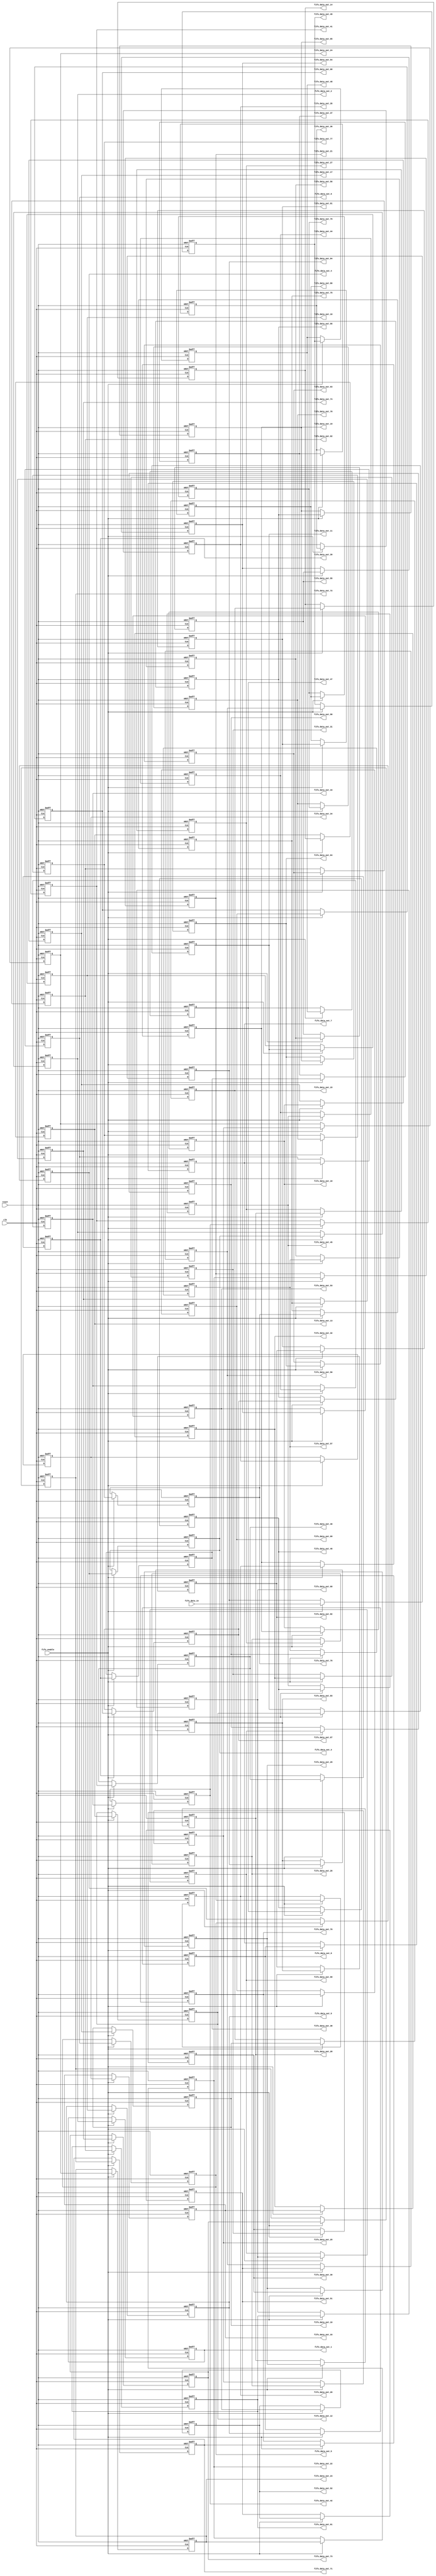
`timescale 1ns / 1ps


module 
 fo_fifo_84 #(parameter
	DATA_WIDTH = 32,
	REGS_NUM = 84
	)(
	input clk,
	input reset,
	output [DATA_WIDTH-1:0] fifo_data_out_1,
	output [DATA_WIDTH-1:0] fifo_data_out_2,
	output [DATA_WIDTH-1:0] fifo_data_out_3,
	output [DATA_WIDTH-1:0] fifo_data_out_4,
	output [DATA_WIDTH-1:0] fifo_data_out_5,
	output [DATA_WIDTH-1:0] fifo_data_out_6,
	output [DATA_WIDTH-1:0] fifo_data_out_7,
	output [DATA_WIDTH-1:0] fifo_data_out_8,
	output [DATA_WIDTH-1:0] fifo_data_out_9,
	output [DATA_WIDTH-1:0] fifo_data_out_10,
	output [DATA_WIDTH-1:0] fifo_data_out_11,
	output [DATA_WIDTH-1:0] fifo_data_out_12,
	output [DATA_WIDTH-1:0] fifo_data_out_13,
	output [DATA_WIDTH-1:0] fifo_data_out_14,
	output [DATA_WIDTH-1:0] fifo_data_out_15,
	output [DATA_WIDTH-1:0] fifo_data_out_16,
	output [DATA_WIDTH-1:0] fifo_data_out_17,
	output [DATA_WIDTH-1:0] fifo_data_out_18,
	output [DATA_WIDTH-1:0] fifo_data_out_19,
	output [DATA_WIDTH-1:0] fifo_data_out_20,
	output [DATA_WIDTH-1:0] fifo_data_out_21,
	output [DATA_WIDTH-1:0] fifo_data_out_22,
	output [DATA_WIDTH-1:0] fifo_data_out_23,
	output [DATA_WIDTH-1:0] fifo_data_out_24,
	output [DATA_WIDTH-1:0] fifo_data_out_25,
	output [DATA_WIDTH-1:0] fifo_data_out_26,
	output [DATA_WIDTH-1:0] fifo_data_out_27,
	output [DATA_WIDTH-1:0] fifo_data_out_28,
	output [DATA_WIDTH-1:0] fifo_data_out_29,
	output [DATA_WIDTH-1:0] fifo_data_out_30,
	output [DATA_WIDTH-1:0] fifo_data_out_31,
	output [DATA_WIDTH-1:0] fifo_data_out_32,
	output [DATA_WIDTH-1:0] fifo_data_out_33,
	output [DATA_WIDTH-1:0] fifo_data_out_34,
	output [DATA_WIDTH-1:0] fifo_data_out_35,
	output [DATA_WIDTH-1:0] fifo_data_out_36,
	output [DATA_WIDTH-1:0] fifo_data_out_37,
	output [DATA_WIDTH-1:0] fifo_data_out_38,
	output [DATA_WIDTH-1:0] fifo_data_out_39,
	output [DATA_WIDTH-1:0] fifo_data_out_40,
	output [DATA_WIDTH-1:0] fifo_data_out_41,
	output [DATA_WIDTH-1:0] fifo_data_out_42,
	output [DATA_WIDTH-1:0] fifo_data_out_43,
	output [DATA_WIDTH-1:0] fifo_data_out_44,
	output [DATA_WIDTH-1:0] fifo_data_out_45,
	output [DATA_WIDTH-1:0] fifo_data_out_46,
	output [DATA_WIDTH-1:0] fifo_data_out_47,
	output [DATA_WIDTH-1:0] fifo_data_out_48,
	output [DATA_WIDTH-1:0] fifo_data_out_49,
	output [DATA_WIDTH-1:0] fifo_data_out_50,
	output [DATA_WIDTH-1:0] fifo_data_out_51,
	output [DATA_WIDTH-1:0] fifo_data_out_52,
	output [DATA_WIDTH-1:0] fifo_data_out_53,
	output [DATA_WIDTH-1:0] fifo_data_out_54,
	output [DATA_WIDTH-1:0] fifo_data_out_55,
	output [DATA_WIDTH-1:0] fifo_data_out_56,
	output [DATA_WIDTH-1:0] fifo_data_out_57,
	output [DATA_WIDTH-1:0] fifo_data_out_58,
	output [DATA_WIDTH-1:0] fifo_data_out_59,
	output [DATA_WIDTH-1:0] fifo_data_out_60,
	output [DATA_WIDTH-1:0] fifo_data_out_61,
	output [DATA_WIDTH-1:0] fifo_data_out_62,
	output [DATA_WIDTH-1:0] fifo_data_out_63,
	output [DATA_WIDTH-1:0] fifo_data_out_64,
	output [DATA_WIDTH-1:0] fifo_data_out_65,
	output [DATA_WIDTH-1:0] fifo_data_out_66,
	output [DATA_WIDTH-1:0] fifo_data_out_67,
	output [DATA_WIDTH-1:0] fifo_data_out_68,
	output [DATA_WIDTH-1:0] fifo_data_out_69,
	output [DATA_WIDTH-1:0] fifo_data_out_70,
	output [DATA_WIDTH-1:0] fifo_data_out_71,
	output [DATA_WIDTH-1:0] fifo_data_out_72,
	output [DATA_WIDTH-1:0] fifo_data_out_73,
	output [DATA_WIDTH-1:0] fifo_data_out_74,
	output [DATA_WIDTH-1:0] fifo_data_out_75,
	output [DATA_WIDTH-1:0] fifo_data_out_76,
	output [DATA_WIDTH-1:0] fifo_data_out_77,
	output [DATA_WIDTH-1:0] fifo_data_out_78,
	output [DATA_WIDTH-1:0] fifo_data_out_79,
	output [DATA_WIDTH-1:0] fifo_data_out_80,
	output [DATA_WIDTH-1:0] fifo_data_out_81,
	output [DATA_WIDTH-1:0] fifo_data_out_82,
	output [DATA_WIDTH-1:0] fifo_data_out_83,
	output [DATA_WIDTH-1:0] fifo_data_out_84,
	input [DATA_WIDTH-1:0] fifo_data_in,
	input fifo_enable
	);

	reg	[DATA_WIDTH-1:0] FIFO  [REGS_NUM-1:0] ;
	always @ (posedge clk or posedge reset)
    begin
		if(reset)
		begin

			FIFO[0] <= {DATA_WIDTH{1'b0}};
			FIFO[1] <= {DATA_WIDTH{1'b0}};
			FIFO[2] <= {DATA_WIDTH{1'b0}};
			FIFO[3] <= {DATA_WIDTH{1'b0}};
			FIFO[4] <= {DATA_WIDTH{1'b0}};
			FIFO[5] <= {DATA_WIDTH{1'b0}};
			FIFO[6] <= {DATA_WIDTH{1'b0}};
			FIFO[7] <= {DATA_WIDTH{1'b0}};
			FIFO[8] <= {DATA_WIDTH{1'b0}};
			FIFO[9] <= {DATA_WIDTH{1'b0}};
			FIFO[10] <= {DATA_WIDTH{1'b0}};
			FIFO[11] <= {DATA_WIDTH{1'b0}};
			FIFO[12] <= {DATA_WIDTH{1'b0}};
			FIFO[13] <= {DATA_WIDTH{1'b0}};
			FIFO[14] <= {DATA_WIDTH{1'b0}};
			FIFO[15] <= {DATA_WIDTH{1'b0}};
			FIFO[16] <= {DATA_WIDTH{1'b0}};
			FIFO[17] <= {DATA_WIDTH{1'b0}};
			FIFO[18] <= {DATA_WIDTH{1'b0}};
			FIFO[19] <= {DATA_WIDTH{1'b0}};
			FIFO[20] <= {DATA_WIDTH{1'b0}};
			FIFO[21] <= {DATA_WIDTH{1'b0}};
			FIFO[22] <= {DATA_WIDTH{1'b0}};
			FIFO[23] <= {DATA_WIDTH{1'b0}};
			FIFO[24] <= {DATA_WIDTH{1'b0}};
			FIFO[25] <= {DATA_WIDTH{1'b0}};
			FIFO[26] <= {DATA_WIDTH{1'b0}};
			FIFO[27] <= {DATA_WIDTH{1'b0}};
			FIFO[28] <= {DATA_WIDTH{1'b0}};
			FIFO[29] <= {DATA_WIDTH{1'b0}};
			FIFO[30] <= {DATA_WIDTH{1'b0}};
			FIFO[31] <= {DATA_WIDTH{1'b0}};
			FIFO[32] <= {DATA_WIDTH{1'b0}};
			FIFO[33] <= {DATA_WIDTH{1'b0}};
			FIFO[34] <= {DATA_WIDTH{1'b0}};
			FIFO[35] <= {DATA_WIDTH{1'b0}};
			FIFO[36] <= {DATA_WIDTH{1'b0}};
			FIFO[37] <= {DATA_WIDTH{1'b0}};
			FIFO[38] <= {DATA_WIDTH{1'b0}};
			FIFO[39] <= {DATA_WIDTH{1'b0}};
			FIFO[40] <= {DATA_WIDTH{1'b0}};
			FIFO[41] <= {DATA_WIDTH{1'b0}};
			FIFO[42] <= {DATA_WIDTH{1'b0}};
			FIFO[43] <= {DATA_WIDTH{1'b0}};
			FIFO[44] <= {DATA_WIDTH{1'b0}};
			FIFO[45] <= {DATA_WIDTH{1'b0}};
			FIFO[46] <= {DATA_WIDTH{1'b0}};
			FIFO[47] <= {DATA_WIDTH{1'b0}};
			FIFO[48] <= {DATA_WIDTH{1'b0}};
			FIFO[49] <= {DATA_WIDTH{1'b0}};
			FIFO[50] <= {DATA_WIDTH{1'b0}};
			FIFO[51] <= {DATA_WIDTH{1'b0}};
			FIFO[52] <= {DATA_WIDTH{1'b0}};
			FIFO[53] <= {DATA_WIDTH{1'b0}};
			FIFO[54] <= {DATA_WIDTH{1'b0}};
			FIFO[55] <= {DATA_WIDTH{1'b0}};
			FIFO[56] <= {DATA_WIDTH{1'b0}};
			FIFO[57] <= {DATA_WIDTH{1'b0}};
			FIFO[58] <= {DATA_WIDTH{1'b0}};
			FIFO[59] <= {DATA_WIDTH{1'b0}};
			FIFO[60] <= {DATA_WIDTH{1'b0}};
			FIFO[61] <= {DATA_WIDTH{1'b0}};
			FIFO[62] <= {DATA_WIDTH{1'b0}};
			FIFO[63] <= {DATA_WIDTH{1'b0}};
			FIFO[64] <= {DATA_WIDTH{1'b0}};
			FIFO[65] <= {DATA_WIDTH{1'b0}};
			FIFO[66] <= {DATA_WIDTH{1'b0}};
			FIFO[67] <= {DATA_WIDTH{1'b0}};
			FIFO[68] <= {DATA_WIDTH{1'b0}};
			FIFO[69] <= {DATA_WIDTH{1'b0}};
			FIFO[70] <= {DATA_WIDTH{1'b0}};
			FIFO[71] <= {DATA_WIDTH{1'b0}};
			FIFO[72] <= {DATA_WIDTH{1'b0}};
			FIFO[73] <= {DATA_WIDTH{1'b0}};
			FIFO[74] <= {DATA_WIDTH{1'b0}};
			FIFO[75] <= {DATA_WIDTH{1'b0}};
			FIFO[76] <= {DATA_WIDTH{1'b0}};
			FIFO[77] <= {DATA_WIDTH{1'b0}};
			FIFO[78] <= {DATA_WIDTH{1'b0}};
			FIFO[79] <= {DATA_WIDTH{1'b0}};
			FIFO[80] <= {DATA_WIDTH{1'b0}};
			FIFO[81] <= {DATA_WIDTH{1'b0}};
			FIFO[82] <= {DATA_WIDTH{1'b0}};
			FIFO[83] <= {DATA_WIDTH{1'b0}};
		end
        else if(fifo_enable)
		begin
			FIFO[0] <= fifo_data_in;
			FIFO[1] <= FIFO[0];
			FIFO[2] <= FIFO[1];
			FIFO[3] <= FIFO[2];
			FIFO[4] <= FIFO[3];
			FIFO[5] <= FIFO[4];
			FIFO[6] <= FIFO[5];
			FIFO[7] <= FIFO[6];
			FIFO[8] <= FIFO[7];
			FIFO[9] <= FIFO[8];
			FIFO[10] <= FIFO[9];
			FIFO[11] <= FIFO[10];
			FIFO[12] <= FIFO[11];
			FIFO[13] <= FIFO[12];
			FIFO[14] <= FIFO[13];
			FIFO[15] <= FIFO[14];
			FIFO[16] <= FIFO[15];
			FIFO[17] <= FIFO[16];
			FIFO[18] <= FIFO[17];
			FIFO[19] <= FIFO[18];
			FIFO[20] <= FIFO[19];
			FIFO[21] <= FIFO[20];
			FIFO[22] <= FIFO[21];
			FIFO[23] <= FIFO[22];
			FIFO[24] <= FIFO[23];
			FIFO[25] <= FIFO[24];
			FIFO[26] <= FIFO[25];
			FIFO[27] <= FIFO[26];
			FIFO[28] <= FIFO[27];
			FIFO[29] <= FIFO[28];
			FIFO[30] <= FIFO[29];
			FIFO[31] <= FIFO[30];
			FIFO[32] <= FIFO[31];
			FIFO[33] <= FIFO[32];
			FIFO[34] <= FIFO[33];
			FIFO[35] <= FIFO[34];
			FIFO[36] <= FIFO[35];
			FIFO[37] <= FIFO[36];
			FIFO[38] <= FIFO[37];
			FIFO[39] <= FIFO[38];
			FIFO[40] <= FIFO[39];
			FIFO[41] <= FIFO[40];
			FIFO[42] <= FIFO[41];
			FIFO[43] <= FIFO[42];
			FIFO[44] <= FIFO[43];
			FIFO[45] <= FIFO[44];
			FIFO[46] <= FIFO[45];
			FIFO[47] <= FIFO[46];
			FIFO[48] <= FIFO[47];
			FIFO[49] <= FIFO[48];
			FIFO[50] <= FIFO[49];
			FIFO[51] <= FIFO[50];
			FIFO[52] <= FIFO[51];
			FIFO[53] <= FIFO[52];
			FIFO[54] <= FIFO[53];
			FIFO[55] <= FIFO[54];
			FIFO[56] <= FIFO[55];
			FIFO[57] <= FIFO[56];
			FIFO[58] <= FIFO[57];
			FIFO[59] <= FIFO[58];
			FIFO[60] <= FIFO[59];
			FIFO[61] <= FIFO[60];
			FIFO[62] <= FIFO[61];
			FIFO[63] <= FIFO[62];
			FIFO[64] <= FIFO[63];
			FIFO[65] <= FIFO[64];
			FIFO[66] <= FIFO[65];
			FIFO[67] <= FIFO[66];
			FIFO[68] <= FIFO[67];
			FIFO[69] <= FIFO[68];
			FIFO[70] <= FIFO[69];
			FIFO[71] <= FIFO[70];
			FIFO[72] <= FIFO[71];
			FIFO[73] <= FIFO[72];
			FIFO[74] <= FIFO[73];
			FIFO[75] <= FIFO[74];
			FIFO[76] <= FIFO[75];
			FIFO[77] <= FIFO[76];
			FIFO[78] <= FIFO[77];
			FIFO[79] <= FIFO[78];
			FIFO[80] <= FIFO[79];
			FIFO[81] <= FIFO[80];
			FIFO[82] <= FIFO[81];
			FIFO[83] <= FIFO[82];
		end
	end

	assign    fifo_data_out_1 = FIFO[83];
	assign    fifo_data_out_2 = FIFO[82];
	assign    fifo_data_out_3 = FIFO[81];
	assign    fifo_data_out_4 = FIFO[80];
	assign    fifo_data_out_5 = FIFO[79];
	assign    fifo_data_out_6 = FIFO[78];
	assign    fifo_data_out_7 = FIFO[77];
	assign    fifo_data_out_8 = FIFO[76];
	assign    fifo_data_out_9 = FIFO[75];
	assign    fifo_data_out_10 = FIFO[74];
	assign    fifo_data_out_11 = FIFO[73];
	assign    fifo_data_out_12 = FIFO[72];
	assign    fifo_data_out_13 = FIFO[71];
	assign    fifo_data_out_14 = FIFO[70];
	assign    fifo_data_out_15 = FIFO[69];
	assign    fifo_data_out_16 = FIFO[68];
	assign    fifo_data_out_17 = FIFO[67];
	assign    fifo_data_out_18 = FIFO[66];
	assign    fifo_data_out_19 = FIFO[65];
	assign    fifo_data_out_20 = FIFO[64];
	assign    fifo_data_out_21 = FIFO[63];
	assign    fifo_data_out_22 = FIFO[62];
	assign    fifo_data_out_23 = FIFO[61];
	assign    fifo_data_out_24 = FIFO[60];
	assign    fifo_data_out_25 = FIFO[59];
	assign    fifo_data_out_26 = FIFO[58];
	assign    fifo_data_out_27 = FIFO[57];
	assign    fifo_data_out_28 = FIFO[56];
	assign    fifo_data_out_29 = FIFO[55];
	assign    fifo_data_out_30 = FIFO[54];
	assign    fifo_data_out_31 = FIFO[53];
	assign    fifo_data_out_32 = FIFO[52];
	assign    fifo_data_out_33 = FIFO[51];
	assign    fifo_data_out_34 = FIFO[50];
	assign    fifo_data_out_35 = FIFO[49];
	assign    fifo_data_out_36 = FIFO[48];
	assign    fifo_data_out_37 = FIFO[47];
	assign    fifo_data_out_38 = FIFO[46];
	assign    fifo_data_out_39 = FIFO[45];
	assign    fifo_data_out_40 = FIFO[44];
	assign    fifo_data_out_41 = FIFO[43];
	assign    fifo_data_out_42 = FIFO[42];
	assign    fifo_data_out_43 = FIFO[41];
	assign    fifo_data_out_44 = FIFO[40];
	assign    fifo_data_out_45 = FIFO[39];
	assign    fifo_data_out_46 = FIFO[38];
	assign    fifo_data_out_47 = FIFO[37];
	assign    fifo_data_out_48 = FIFO[36];
	assign    fifo_data_out_49 = FIFO[35];
	assign    fifo_data_out_50 = FIFO[34];
	assign    fifo_data_out_51 = FIFO[33];
	assign    fifo_data_out_52 = FIFO[32];
	assign    fifo_data_out_53 = FIFO[31];
	assign    fifo_data_out_54 = FIFO[30];
	assign    fifo_data_out_55 = FIFO[29];
	assign    fifo_data_out_56 = FIFO[28];
	assign    fifo_data_out_57 = FIFO[27];
	assign    fifo_data_out_58 = FIFO[26];
	assign    fifo_data_out_59 = FIFO[25];
	assign    fifo_data_out_60 = FIFO[24];
	assign    fifo_data_out_61 = FIFO[23];
	assign    fifo_data_out_62 = FIFO[22];
	assign    fifo_data_out_63 = FIFO[21];
	assign    fifo_data_out_64 = FIFO[20];
	assign    fifo_data_out_65 = FIFO[19];
	assign    fifo_data_out_66 = FIFO[18];
	assign    fifo_data_out_67 = FIFO[17];
	assign    fifo_data_out_68 = FIFO[16];
	assign    fifo_data_out_69 = FIFO[15];
	assign    fifo_data_out_70 = FIFO[14];
	assign    fifo_data_out_71 = FIFO[13];
	assign    fifo_data_out_72 = FIFO[12];
	assign    fifo_data_out_73 = FIFO[11];
	assign    fifo_data_out_74 = FIFO[10];
	assign    fifo_data_out_75 = FIFO[9];
	assign    fifo_data_out_76 = FIFO[8];
	assign    fifo_data_out_77 = FIFO[7];
	assign    fifo_data_out_78 = FIFO[6];
	assign    fifo_data_out_79 = FIFO[5];
	assign    fifo_data_out_80 = FIFO[4];
	assign    fifo_data_out_81 = FIFO[3];
	assign    fifo_data_out_82 = FIFO[2];
	assign    fifo_data_out_83 = FIFO[1];
	assign    fifo_data_out_84 = FIFO[0];
endmodule